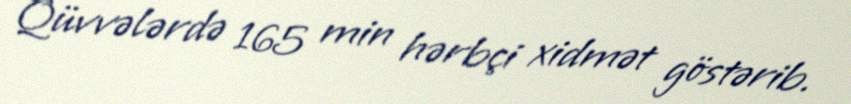
Qüvvələrdə 165 min hərbçi xidmət göstərib.